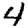
Digit: 4